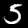
Label: 5